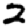
Digit: 2